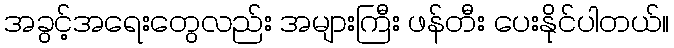
အခွင့်အရေးတွေလည်း အများကြီး ဖန်တီး ပေးနိုင်ပါတယ်။